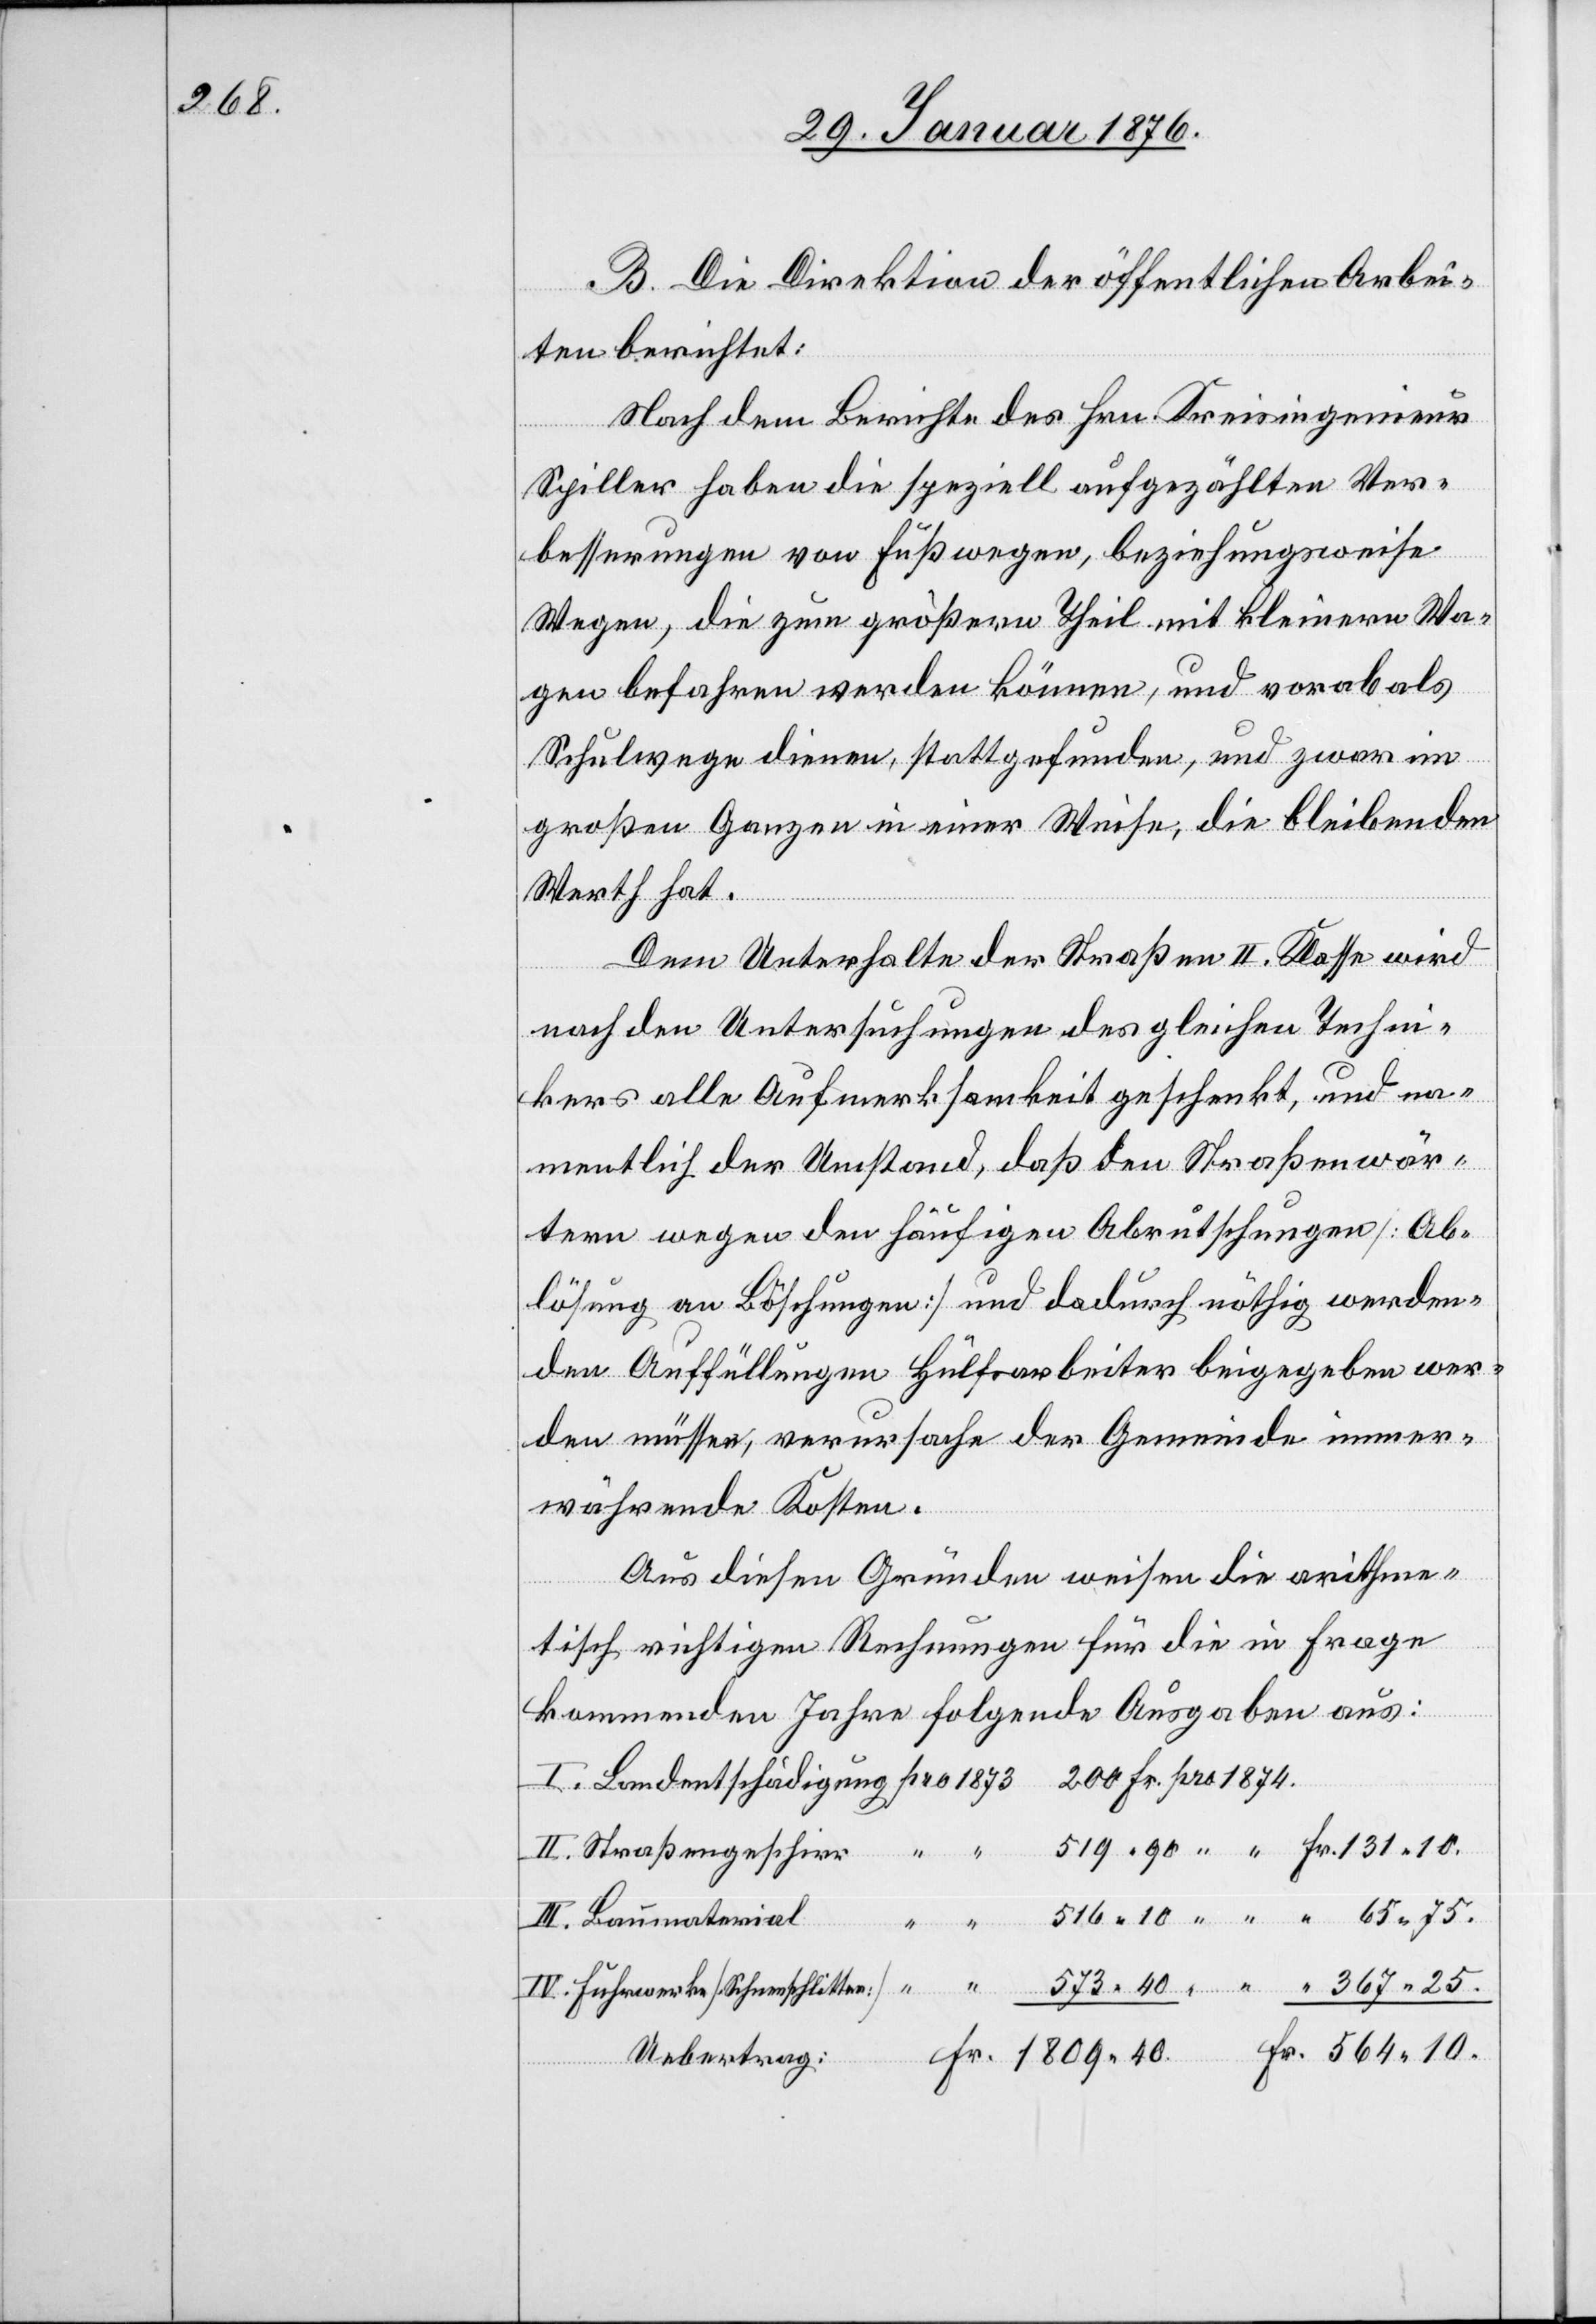
367.25.

B. Die Direktion der öffentlichen Arbei¬
ten berichtet:
Nach dem Berichte des Hrn. Kreisingenieur
Spiller haben die speziell aufgezählten Ver¬
Land¬
besserungen von Fußwegen, beziehungsweise
Wegen, die zum größern Theil mit kleinern Wa¬
gen befahren werden können, und vorab als
Schulwege dienen, stattgefunden, und zwar im
großen Ganzen in einer Weise, die bleibenden
Werth hat.
Ueb¬
Dem Unterhalte der Straßen II. Klasse wird
terial
nach den Untersuchungen des gleichen Techni¬
kers alle Aufmerksamkeit geschenkt, und na¬
mentlich der Umstand, daß den Straßenwär¬
tern wegen den häufigen Abrutschungen [Ab¬
lösung an Böschungen] und dadurch nöthig werden¬
den Auffüllungen Hülfsarbeiter beigegeben wer¬
den müssen, verursache der Gemeinde immer¬
währende Kosten.
Aus diesen Gründen weisen die arithme¬
ertrag:
Fr.
tisch richtigen Rechnungen für die in Frage
kommenden Jahre folgende Ausgaben aus:
III.
Straßengeschirr
“
Fuhrwerke [Schneeschlitten]